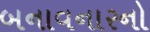
બનાવનારનો